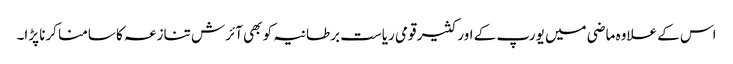
اس کے علاوہ ماضی میں یورپ کے اور کثیر قومی ریاست برطانیہ کو بھی آئرش تنازعہ کا سامنا کرنا پڑا۔